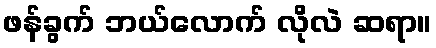
ဖန်ခွက် ဘယ်လောက် လိုလဲ ဆရာ။